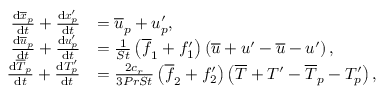
\begin{array} { r l } { \frac { \mathrm { d } \overline { { \boldsymbol { x } } } _ { p } } { \mathrm { d } t } + \frac { \mathrm { d } \boldsymbol { x } _ { p } ^ { \prime } } { \mathrm { d } t } } & { = \overline { { \boldsymbol u } } _ { p } + \boldsymbol u _ { p } ^ { \prime } , } \\ { \frac { \mathrm { d } \overline { { \boldsymbol { u } } } _ { p } } { \mathrm { d } t } + \frac { \mathrm { d } \boldsymbol { u } _ { p } ^ { \prime } } { \mathrm { d } t } } & { = \frac { 1 } { S t } \left( \overline { { f } } _ { 1 } + f _ { 1 } ^ { \prime } \right) \left( \overline { { \boldsymbol u } } + \boldsymbol u ^ { \prime } - \overline { { \boldsymbol u } } - \boldsymbol u ^ { \prime } \right) , } \\ { \frac { \mathrm { d } \overline { T } _ { p } } { \mathrm { d } t } + \frac { \mathrm { d } T _ { p } ^ { \prime } } { \mathrm { d } t } } & { = \frac { 2 c _ { r } } { 3 P r S t } \left( \overline { { f } } _ { 2 } + f _ { 2 } ^ { \prime } \right) \left( \overline { { T } } + T ^ { \prime } - \overline { { T } } _ { p } - T _ { p } ^ { \prime } \right) , } \end{array}